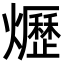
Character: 爏